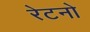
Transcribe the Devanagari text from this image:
रेटनो